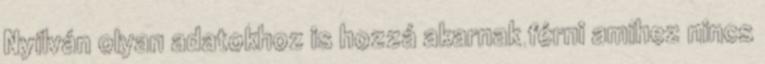
Nyílván olyan adatokhoz is hozzá akarnak férni amihez nincs